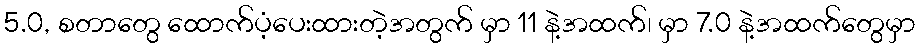
5.0, စတာတွေ ထောက်ပံ့ပေးထားတဲ့အတွက် မှာ 11 နဲ့အထက်၊ မှာ 7.0 နဲ့အထက်တွေမှာ